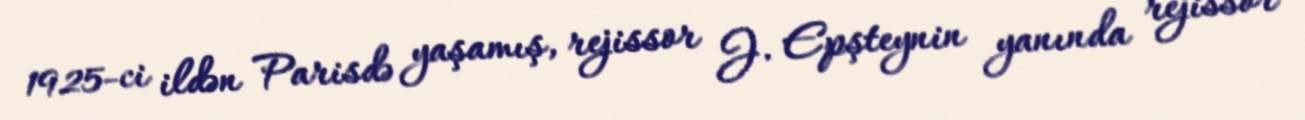
1925-ci ildən Parisdə yaşamış, rejissor J. Epşteynin yanında rejissor